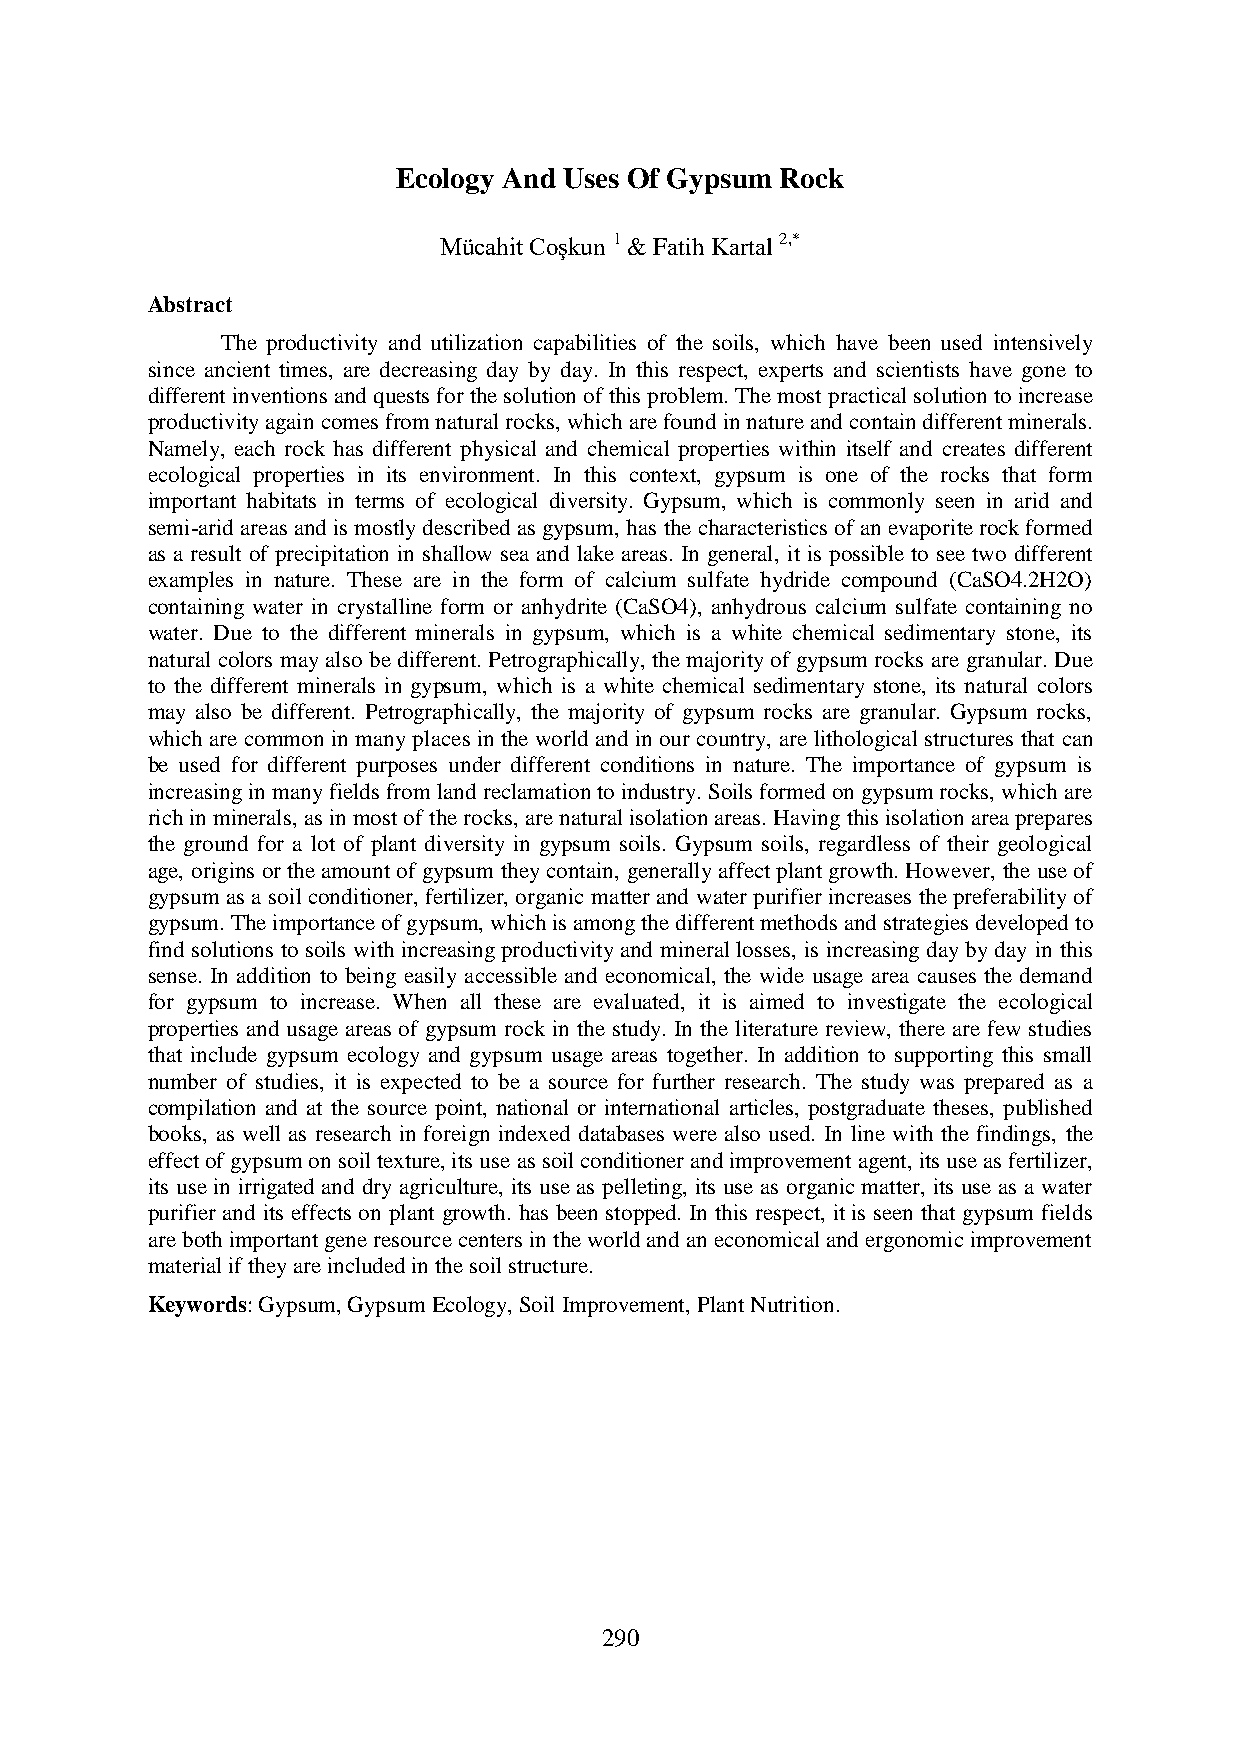
Ecology And Uses Of Gypsum Rock
 Mücahit Coşkun 1 & Fatih Kartal 2,*
 Abstract
 The productivity and utilization capabilities of the soils, which have been used intensively
 since ancient times, are decreasing day by day. In this respect, experts and scientists have gone to
 different inventions and quests for the solution of this problem. The most practical solution to increase
 productivity again comes from natural rocks, which are found in nature and contain different minerals.
 Namely, each rock has different physical and chemical properties within itself and creates different
 ecological properties in its environment. In this context, gypsum is one of the rocks that form
 important habitats in terms of ecological diversity. Gypsum, which is commonly seen in arid and
 semi-arid areas and is mostly described as gypsum, has the characteristics of an evaporite rock formed
 as a result of precipitation in shallow sea and lake areas. In general, it is possible to see two different
 examples in nature. These are in the form of calcium sulfate hydride compound (CaSO4.2H2O)
 containing water in crystalline form or anhydrite (CaSO4), anhydrous calcium sulfate containing no
 water. Due to the different minerals in gypsum, which is a white chemical sedimentary stone, its
 natural colors may also be different. Petrographically, the majority of gypsum rocks are granular. Due
 to the different minerals in gypsum, which is a white chemical sedimentary stone, its natural colors
 may also be different. Petrographically, the majority of gypsum rocks are granular. Gypsum rocks,
 which are common in many places in the world and in our country, are lithological structures that can
 be used for different purposes under different conditions in nature. The importance of gypsum is
 increasing in many fields from land reclamation to industry. Soils formed on gypsum rocks, which are
 rich in minerals, as in most of the rocks, are natural isolation areas. Having this isolation area prepares
 the ground for a lot of plant diversity in gypsum soils. Gypsum soils, regardless of their geological
 age, origins or the amount of gypsum they contain, generally affect plant growth. However, the use of
 gypsum as a soil conditioner, fertilizer, organic matter and water purifier increases the preferability of
 gypsum. The importance of gypsum, which is among the different methods and strategies developed to
 find solutions to soils with increasing productivity and mineral losses, is increasing day by day in this
 sense. In addition to being easily accessible and economical, the wide usage area causes the demand
 for gypsum to increase. When all these are evaluated, it is aimed to investigate the ecological
 properties and usage areas of gypsum rock in the study. In the literature review, there are few studies
 that include gypsum ecology and gypsum usage areas together. In addition to supporting this small
 number of studies, it is expected to be a source for further research. The study was prepared as a
 compilation and at the source point, national or international articles, postgraduate theses, published
 books, as well as research in foreign indexed databases were also used. In line with the findings, the
 effect of gypsum on soil texture, its use as soil conditioner and improvement agent, its use as fertilizer,
 its use in irrigated and dry agriculture, its use as pelleting, its use as organic matter, its use as a water
 purifier and its effects on plant growth. has been stopped. In this respect, it is seen that gypsum fields
 are both important gene resource centers in the world and an economical and ergonomic improvement
 material if they are included in the soil structure.
 Keywords: Gypsum, Gypsum Ecology, Soil Improvement, Plant Nutrition.
 290